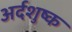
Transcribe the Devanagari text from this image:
अर्दशुष्क